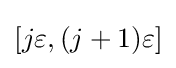
[j\varepsilon ,(j+1)\varepsilon ]